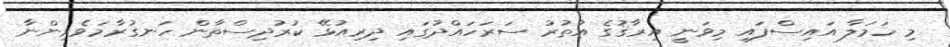
މި ހަމަލާ އައިސްފައި މިވަނީ އިރާޤުގެ އުތުރު ސަރަހައްދުގައި ދިރިއުޅޭ ކުރުދިސްތާން ހަނގުރާމަވެރިންނާ